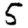
Digit: 5